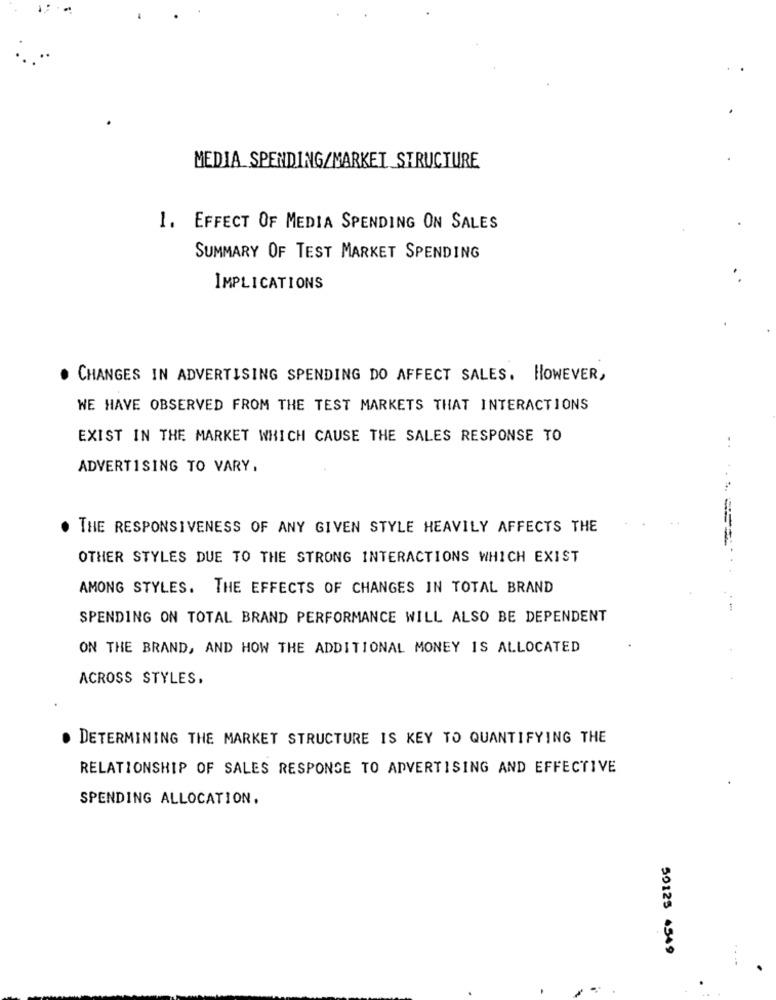
MEDIA SPENDING/MARKET STRUCTURE
1. EFFECT OF MEDIA SPENDING ON SALES
SUMMARY OF TEST MARKET SPENDING
IMPLICATIONS
. CHANGES IN ADVERTISING SPENDING DO AFFECT SALES. HOWEVER,
WE HAVE OBSERVED FROM THE TEST MARKETS THAT INTERACTIONS
EXIST IN THE MARKET WHICH CAUSE THE SALES RESPONSE TO
ADVERTISING TO VARY.
. THE RESPONSIVENESS OF ANY GIVEN STYLE HEAVILY AFFECTS THE
OTHER STYLES DUE TO THE STRONG INTERACTIONS WHICH EXIST
AMONG STYLES. THE EFFECTS OF CHANGES IN TOTAL BRAND
SPENDING ON TOTAL BRAND PERFORMANCE WILL ALSO BE DEPENDENT
ON THE BRAND, AND HOW THE ADDITIONAL MONEY IS ALLOCATED
ACROSS STYLES.
. DETERMINING THE MARKET STRUCTURE IS KEY TO QUANTIFYING THE
RELATIONSHIP OF SALES RESPONSE TO ADVERTISING AND EFFECTIVE
SPENDING ALLOCATION.
50125 4549